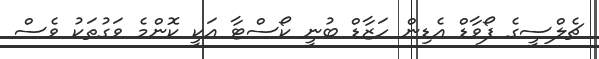
ޗެލްސީގެ ފޯވާޑް އެޑިން ހަޒާޑް ބުނީ ކޯސްޓާ އަކީ ކޮންމެ ވަގުތަކު ވެސް